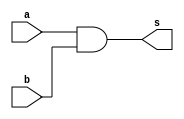
module and_gate (
    a,b,s
);
    input wire a;
    input wire b;

    output wire s;

    assign s = a &b;
endmodule